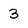
Character: 3